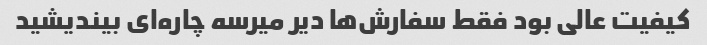
کیفیت عالی بود فقط سفارش‌ها دیر میرسه چاره‌ای بیندیشید